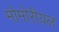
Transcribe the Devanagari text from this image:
मोमोरीयल